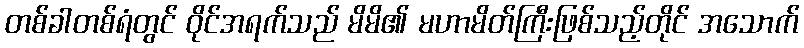
တစ်ခါတစ်ရံတွင် ဝိုင်အရက်သည် မိမိ၏ မဟာမိတ်ကြီးဖြစ်သည့်တိုင် အသောက်